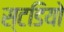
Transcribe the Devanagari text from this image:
स्टडियो